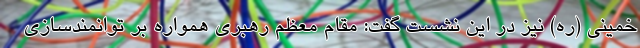
خمینی (ره) نیز در این نشست گفت: مقام معظم رهبری همواره بر توانمندسازی